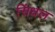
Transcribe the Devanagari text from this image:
सिंधल